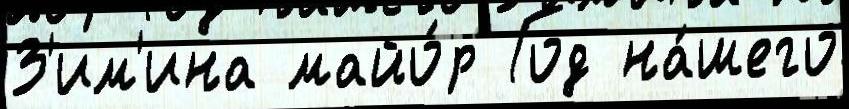
З'им'ина майо́р Год на́шего